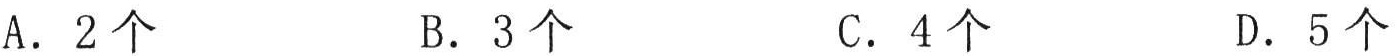
A. \(2\)个\(\ \ \ \ \ \ \ \ \ \ \ \ \ \ \ \ \ \ \ \ \ \ \ \ \ \ \ \ \ \ \ \ \ \ \ \ \ \ \ \ \ \ \ \ \ \ \ \ \ \ \ \ \ \ \ \ \ \ \ \ \ \ \ \ \ \ \ \ \ \ \ \ \ \ \ \ \ \ \ \ \ \ \ \ \ \ \ \ \ \ \ \ \ \ \ \ \ \ \ \ \ \ \ \ \ \ \ \ \ \ \ \ \ \ \ \ \ \ \ \ \ \ \ \ \ \ \ \ \ \ \ \ \ \ \ \ \ \ \ \ \ \ \ \ \ \ \ \ \ \ \ \ \ \ \ \ \ \ \ \ \ \ \ \ \ \ \ \ \ \ \ \ \ \ \ \ \ \ \ \ \ \ \ \ \ \ \ \ \ \ \ \ \ \ \ \ \ \ \ \ \ \ \ \ \ \ \ \ \ \ \ \ \ \ \ \ \ \ \ \ \ \ \ \ \ \ \ \ \ \ \ \ \ \ \ \ \ \ \ \ \ \ \ \ \ \ \ \ \ \ \ \ \ \ \ \ \ \ \ \ \ \ \ \ \ \ \ \ \ \ \ \ \ \ \ \ \ \ \ \ \ \ \ \ \ \ \ \ \ \ \ \ \ \ \ \ \ \ \ \ \ \ \ \ \ \ \ \ \ \ \ \ \ \ \ \ \ \ \ \ \ \ \ \ \ \ \ \ \ \ \ \ \ \ \ \ \ \ \ \ \ \ \ \ \ \ \ \ \ \ \ \ \ \ \ \ \ \ \ \ \ \ \ \ \ \ \ \ \ \ \ \ \ \ \ \ \ \ \ \ \ \ \ \ \ \ \ \ \ \ \ \ \ \ \ \ \ \ \ \ \ \ \ \ \ \ \ \ \ \ \ \ \ \ \ \ \ \ \ \ \ \ \ \ \ \ \ \ \ \ \ \ \ \ \ \ \ \ \ \ \ \ \ \ \ \ \ \ \ \ \ \ \ \ \ \ \ \ \ \ \ \ \ \ \ \ \ \ \ \ \ \ \ \ \ \ \ \ \ \ \ \ \ \ \ \ \ \ \ \ \ \ \ \ \ \ \ \ \ \ \ \ \ \ \ \ \ \ \ \ \ \ \ \ \ \ \ \ \ \ \ \ \ \ \ \ \ \ \ \ \ \ \ \ \ \ \ \ \ \ \ \ \ \ \ \ \ \ \ \ \ \ \ \ \ \ \ \ \ \ \ \ \ \ \ \ \ \ \ \ \ \ \ \ \ \ \ \ \ \ \ \ \ \ \ \ \ \ \ \ \ \ \ \ \ \ \ \ \ \ \ \ \ \ \ \ \ \ \ \ \ \ \ \ \ \ \ \ \ \ \ \ \ \ \ \ \ \ \ \ \ \ \ \ \ \ \ \ \ \ \ \ \ \ \ \ \ \ \ \ \ \ \ \ \ \ \ \ \ \ \ \ \ \ \ \ \ \ \ \ \ \ \ \ \ \ \ \ \ \ \ \ \ \ \ \ \ \ \ \ \ \ \ \ \ \ \ \ \ \ \ \ \ \ \ \ \ \ \ \ \ \ \ \ \ \ \ \ \ \ \ \ \ \ \ \ \ \ \ \ \ \ \ \ \ \ \ \ \ \ \ \ \ \ \ \ \ \ \ \ \ \ \ \ \ \ \ \ \ \ \ \ \ \ \ \ \ \ \ \ \ \ \ \ \ \ \ \ \ \ \ \ \ \ \ \ \ \ \ \ \ \ \ \ \ \ \ \ \ \ \ \ \ \ \ \ \ \ \ \ \ \ \ \ \ \ \ \ \ \ \ \ \ \ \ \ \ \ \ \ \ \ \ \ \ \ \ \ \ \ \ \ \ \ \ \ \ \ \ \ \ \ \ \ \ \ \ \ \ \ \ \ \ \ \ \ \ \ \ \ \ \ \ \ \ \ \ \ \ \ \ \ \ \ \ \ \ \ \ \ \ \ \ \ \ \ \ \ \ \ \ \ \ \ \ \ \ \ \ \ \ \ \ \ \ \ \ \ \ \ \ \ \ \ \ \ \ \ \ \ \ \ \ \ \ \ \ \ \ \ \ \ \ \ \ \ \ \ \ \ \ \ \ \ \ \ \ \ \ \ \ \ \ \ \ \ \ \ \ \ \ \ \ \ \ \ \ \ \ \ \ \ \ \ \ \ \ \ \ \ \ \ \ \ \ \ \ \ \ \ \ \ \ \ \ \ \ \ \ \ \ \ \ \ \ \ \ \ \ \ \ \ \ \ \ \ \ \ \ \ \ \ \ \ \ \ \ \ \ \ \ \ \ \ \ \ \ \ \ \ \ \ \ \ \ \ \ \ \ \ \ \ \ \ \ \ \ \ \ \ \ \ \ \ \ \ \ \ \ \ \ \ \ \ \ \ \ \ \ \ \ \ \ \ \ \ \ \ \ \ \ \ \ \ \ \ \ \ \ \ \ \ \ \ \ \ \ \ \ \ \ \ \ \ \ \ \ \ \ \ \ \ \ \ \ \ \ \ \ \ \ \ \ \ \ \ \ \ \ \ \ \ \ \ \ \ \ \ \ \ \ \ \ \ \ \ \ \ \ \ \ \ \ \ \ \ \ \ \ \ \ \ \ \ \ \ \ \ \ \ \ \ \ \ \ \ \ \ \ \ \ \ \ \ \ \ \ \ \ \ \ \ \ \ \ \ \ \ \ \ \ \ \ \ \ \ \ \ \ \ \ \ \ \ \ \ \ \ \ \ \ \ \ \ \ \ \ \ \ \ \ \ \ \ \ \ \ \ \ \ \ \ \ \ \ \ \ \ \ \ \ \ \ \ \ \ \ \ \ \ \ \ \ \ \ \ \ \ \ \ \ \ \ \ \ \ \ \ \ \ \ \ \ \ \ \ \ \ \ \ \ \ \ \ \ \ \ \ \ \ \ \ \ \ \ \ \ \ \ \ \ \ \ \ \ \ \ \ \ \ \ \ \ \ \ \ \ \ \ \ \ \ \ \ \ \ \ \ \ \ \ \ \ \ \ \ \ \ \ \ \ \ \ \ \ \ \ \ \ \ \ \ \ \ \ \ \ \ \ \ \ \ \ \ \ \ \ \ \ \ \ \ \ \ \ \ \ \ \ \ \ \ \ \ \ \ \ \ \ \ \ \ \ \ \ \ \ \ \ \ \ \ \ \ \ \ \ \ \ \ \ \ \ \ \ \ \ \ \ \ \ \ \ \ \ \ \ \ \ \ \ \ \ \ \ \ \ \ \ \ \ \ \ \ \ \ \ \ \ \ \ \ \ \ \ \ \ \ \ \ \ \ \ \ \ \ \ \ \ \ \ \ \ \ \ \ \ \ \ \ \ \ \ \ \ \ \ \ \ \ \ \ \ \ \ \ \ \ \ \ \ \ \ \ \ \ \ \ \ \ \ \ \ \ \ \ \ \ \ \ \ \ \ \ \ \ \ \ \ \ \ \ \ \ \ \ \ \ \ \ \ \ \ \ \ \ \ \ \ \ \ \ \ \ \ \ \ \ \ \ \ \ \ \ \ \ \ \ \ \ \ \ \ \ \ \ \ \ \ \ \ \ \ \ \ \ \ \ \ \ \ \ \ \ \ \ \ \ \ \ \ \ \ \ \ \ \ \ \ \ \ \ \ \ \ \ \ \ \ \ \ \ \ \ \ \ \ \ \ \ \ \ \ \ \ \ \ \ \ \ \ \ \ \ \ \ \ \ \ \ \ \ \ \ \ \ \ \ \ \ \ \ \ \ \ \ \ \ \ \ \ \ \ \ \ \ \ \ \ \ \ \ \ \ \ \ \ \ \ \ \ \ \ \ \ \ \ \ \ \ \ \ \ \ \ \ \ \ \ \ \ \ \ \ \ \ \ \ \ \ \ \ \ \ \ \ \ \ \ \ \ \ \ \ \ \ \ \ \ \ \ \ \ \ \ \ \ \ \ \ \ \ \ \ \ \ \ \ \ \ \ \ \ \ \ \ \ \ \ \ \ \ \ \ \ \ \ \ \ \ \ \ \ \ \ \ \ \ \ \ \ \ \ \ \ \ \ \ \ \ \ \ \ \ \ \ \ \ \ \ \ \ \ \ \ \ \ \ \ \ \ \ \ \ \ \ \ \ \ \ \ \ \ \ \ \ \ \ \ \ \ \ \ \ \ \ \ \ \ \ \ \ \ \ \ \ \ \ \ \ \ \ \ \ \ \ \ \ \ \ \ \ \ \ \ \ \ \ \ \ \ \ \ \ \ \ \ \ \ \ \ \ \ \ \ \ \ \ \ \ \ \ \ \ \ \ \ \ \ \ \ \ \ \ \ \ \ \ \ \ \ \ \ \ \ \ \ \ \ \ \ \ \ \ \ \ \ \ \ \ \ \ \ \ \ \ \ \ \ \ \ \ \ \ \ \ \ \ \ \ \ \ \ \ \ \ \ \ \ \ \ \ \ \ \ \ \ \ \ \ \ \ \ \ \ \ \ \ \ \ \ \ \ \ \ \ \ \ \ \ \ \ \ \ \ \ \ \ \ \ \ \ \ \ \ \ \ \ \ \ \ \ \ \ \ \ \ \ \ \ \ \ \ \ \ \ \ \ \ \ \ \ \ \ \ \ \ \ \ \ \ \ \ \ \ \ \ \ \ \ \ \ \ \ \ \ \ \ \ \ \ \ \ \ \ \ \ \ \ \ \ \ \ \ \ \ \ \ \ \ \ \ \ \ \ \ \ \ \ \ \ \ \ \ \ \ \ \ \ \ \ \ \ \ \ \ \ \ \ \ \ \ \ \ \ \ \ \ \ \ \ \ \ \ \ \ \ \ \ \ \ \ \ \ \ \ \ \ \ \ \ \ \ \ \ \ \ \ \ \ \ \ \ \ \ \ \ \ \ \ \ \ \ \ \ \ \ \ \ \ \ \ \ \ \ \ \ \ \ \ \ \ \ \ \ \ \ \ \ \ \ \ \ \ \ \ \ \ \ \ \ \ \ \ \ \ \ \ \ \ \ \ \ \ \ \ \ \ \ \ \ \ \ \ \ \ \ \ \ \ \ \ \ \ \ \ \ \ \ \ \ \ \ \ \ \ \ \ \ \ \ \ \ \ \ \ \ \ \ \ \ \ \ \ \ \ \ \ \ \ \ \ \ \ \ \ \ \ \ \ \ \ \ \ \ \ \ \ \ \ \ \ \ \ \ \ \ \ \ \ \ \ \ \ \ \ \ \ \ \ \ \ \ \ \ \ \ \ \ \ \ \ \ \ \ \ \ \ \ \ \ \ \ \ \ \ \ \ \ \ \ \ \ \ \ \ \ \ \ \ \ \ \ \ \ \ \ \ \ \ \ \ \ \ \ \ \ \ \ \ \ \ \ \ \ \ \ \ \ \ \ \ \ \ \ \ \ \ \ \ \ \ \ \ \ \ \ \ \ \ \ \ \ \ \ \ \ \ \ \ \ \ \ \ \ \ \ \ \ \ \ \ \ \ \ \ \ \ \ \ \ \ \ \ \ \ \ \ \ \ \ \ \ \ \ \ \ \ \ \ \ \ \ \ \ \ \ \ \ \ \ \ \ \ \ \ \ \ \ \ \ \ \ \ \ \ \ \ \ \ \ \ \ \ \ \ \ \ \ \ \ \ \ \ \ \ \ \ \ \ \ \ \ \ \ \ \ \ \ \ \ \ \ \ \ \ \ \ \ \ \ \ \ \ \ \ \ \ \ \ \ \ \ \ \ \ \ \ \ \ \ \ \ \ \ \ \ \ \ \ \ \ \ \ \ \ \ \ \ \ \ \ \ \ \ \ \ \ \ \ \ \ \ \ \ \ \ \ \ \ \ \ \ \ \ \ \ \ \ \ \ \ \ \ \ \ \ \ \ \ \ \ \ \ \ \ \ \ \ \ \ \ \ \ \ \ \ \ \ \ \ \ \ \ \ \ \ \ \ \ \ \ \ \ \ \ \ \ \ \ \ \ \ \ \ \ \ \ \ \ \ \ \ \ \ \ \ \ \ \ \ \ \ \ \ \ \ \ \ \ \ \ \ \ \ \ \ \ \ \ \ \ \ \ \ \ \ \ \ \ \ \ \ \ \ \ \ \ \ \ \ \ \ \ \ \ \ \ \ \ \ \ \ \ \ \ \ \ \ \ \ \ \ \ \ \ \ \ \ \ \ \ \ \ \ \ \ \ \ \ \ \ \ \ \ \ \ \ \ \ \ \ \ \ \ \ \ \ \ \ \ \ \ \ \ \ \ \ \ \ \ \ \ \ \ \ \ \ \ \ \ \ \ \ \ \ \ \ \ \ \ \ \ \ \ \ \ \ \ \ \ \ \ \ \ \ \ \ \ \ \ \ \ \ \ \ \ \ \ \ \ \ \ \ \ \ \ \ \ \ \ \ \ \ \ \ \ \ \ \ \ \ \ \ \ \ \ \ \ \ \ \ \ \ \ \ \ \ \ \ \ \ \ \ \ \ \ \ \ \ \ \ \ \ \ \ \ \ \ \ \ \ \ \ \ \ \ \ \ \ \ \ \ \ \ \ \ \ \ \ \ \ \ \ \ \ \ \ \ \ \ \ \ \ \ \ \ \ \ \ \ \ \ \ \ \ \ \ \ \ \ \ \ \ \ \ \ \ \ \ \ \ \ \ \ \ \ \ \ \ \ \ \ \ \ \ \ \ \ \ \ \ \ \ \ \ \ \ \ \ \ \ \ \ \ \ \ \ \ \ \ \ \ \ \ \ \ \ \ \ \ \ \ \ \ \ \ \ \ \ \ \ \ \ \ \ \ \ \ \ \ \ \ \ \ \ \ \ \ \ \ \ \ \ \ \ \ \ \ \ \ \ \ \ \ \ \ \ \ \ \ \ \ \ \ \ \ \ \ \ \ \ \ \ \ \ \ \ \ \ \ \ \ \ \ \ \ \ \ \ \ \ \ \ \ \ \ \ \ \ \ \ \ \ \ \ \ \ \ \ \ \ \ \ \ \ \ \ \ \ \ \ \ \ \ \ \ \ \ \ \ \ \ \ \ \ \ \ \ \ \ \ \ \ \ \ \ \ \ \ \ \ \ \ \ \ \ \ \ \ \ \ \ \ \ \ \ \ \ \ \ \ \ \ \ \ \ \ \ \ \ \ \ \ \ \ \ \ \ \ \ \ \ \ \ \ \ \ \ \ \ \ \ \ \ \ \ \ \ \ \ \ \ \ \ \ \ \ \ \ \ \ \ \ \ \ \ \ \ \ \ \ \ \ \ \ \ \ \ \ \ \ \ \ \ \ \ \ \ \ \ \ \ \ \ \ \ \ \ \ \ \ \ \ \ \ \ \ \ \ \ \ \ \ \ \ \ \ \ \ \ \ \ \ \ \ \ \ \ \ \ \ \ \ \ \ \ \ \ \ \ \ \ \ \ \ \ \ \ \ \ \ \ \ \ \ \ \ \ \ \ \ \ \ \ \ \ \ \ \ \ \ \ \ \ \ \ \ \ \ \ \ \ \ \ \ \ \ \ \ \ \ \ \ \ \ \ \ \ \ \ \ \ \ \ \ \ \ \ \ \ \ \ \ \ \ \ \ \ \ \ \ \ \ \ \ \ \ \ \ \ \ \ \ \ \ \ \ \ \ \ \ \ \ \ \ \ \ \ \ \ \ \ \ \ \ \ \ \ \ \ \ \ \ \ \ \ \ \ \ \ \ \ \ \ \ \ \ \ \ \ \ \ \ \ \ \ \ \ \ \ \ \ \ \ \ \ \ \ \ \ \ \ \ \ \ \ \ \ \ \ \ \ \ \ \ \ \ \ \ \ \ \ \ \ \ \ \ \ \ \ \ \ \ \ \ \ \ \ \ \ \ \ \ \ \ \ \ \ \ \ \ \ \ \ \ \ \ \ \ \ \ \ \ \ \ \ \ \ \ \ \ \ \ \ \ \ \ \ \ \ \ \ \ \ \ \ \ \ \ \ \ \ \ \ \ \ \ \ \ \ \ \ \ \ \ \ \ \ \ \ \ \ \ \ \ \ \ \ \ \ \ \ \ \ \ \ \ \ \ \ \ \ \ \ \ \ \ \ \ \ \ \ \ \ \ \ \ \ \ \ \ \ \ \ \ \ \ \ \ \ \ \ \ \ \ \ \ \ \ \ \ \ \ \ \ \ \ \ \ \ \ \ \ \ \ \ \ \ \ \ \ \ \ \ \ \ \ \ \ \ \ \ \ \ \ \ \ \ \ \ \ \ \ \ \ \ \ \ \ \ \ \ \ \ \ \ \ \ \ \ \ \ \ \ \ \ \ \ \ \ \ \ \ \ \ \ \ \ \ \ \ \ \ \ \ \ \ \ \ \ \ \ \ \ \ \ \ \ \ \ \ \ \ \ \ \ \ \ \ \ \ \ \ \ \ \ \ \ \ \ \ \ \ \ \ \ \ \ \ \ \ \ \ \ \ \ \ \ \ \ \ \ \ \ \ \ \ \ \ \ \ \ \ \ \ \ \ \ \ \ \ \ \ \ \ \ \ \ \ \ \ \ \ \ \ \ \ \ \ \ \ \ \ \ \ \ \ \ \ \ \ \ \ \ \ \ \ \ \ \ \ \ \ \ \ \ \ \ \ \ \ \ \ \ \ \ \ \ \ \ \ \ \ \ \ \ \ \ \ \ \ \ \ \ \ \ \ \ \ \ \ \ \ \ \ \ \ \ \ \ \ \ \ \ \ \ \ \ \ \ \ \ \ \ \ \ \ \ \ \ \ \ \ \ \ \ \ \ \ \ \ \ \ \ \ \ \ \ \ \ \ \ \ \ \ \ \ \ \ \ \ \ \ \ \ \ \ \ \ \ \ \ \ \ \ \ \ \ \ \ \ \ \ \ \ \ \ \ \ \ \ \ \ \ \ \ \ \ \ \ \ \ \ \ \ \ \ \ \ \ \ \ \ \ \ \ \ \ \ \ \ \ \ \ \ \ \ \ \ \ \ \ \ \ \ \ \ \ \ \ \ \ \ \ \ \ \ \ \ \ \ \ \ \ \ \ \ \ \ \ \ \ \ \ \ \ \ \ \ \ \ \ \ \ \ \ \ \ \ \ \ \ \ \ \ \ \ \ \ \ \ \ \ \ \ \ \